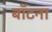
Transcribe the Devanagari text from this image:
बॉटना